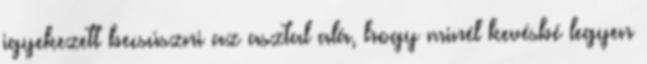
igyekezett becsúszni az asztal alá, hogy minél kevésbé legyen